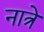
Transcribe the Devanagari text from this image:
नात्रे